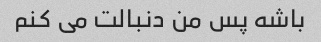
باشه پس من دنبالت می کنم